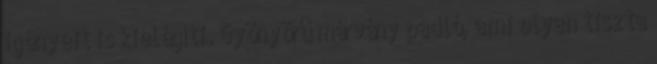
igényeit is kielégíti. Gyönyörű márvány padló, ami olyan tiszta